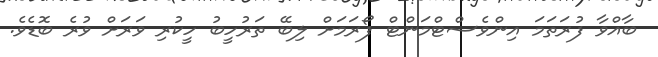
ބާއްވާ ފުރަތަމަ އިންވެސްޓްމަންޓް ފޯރަމަށް ލިބޭ ތަރުހީބު ހީކުރި ވަރަށް ވުރެ ބޮޑެވެ.